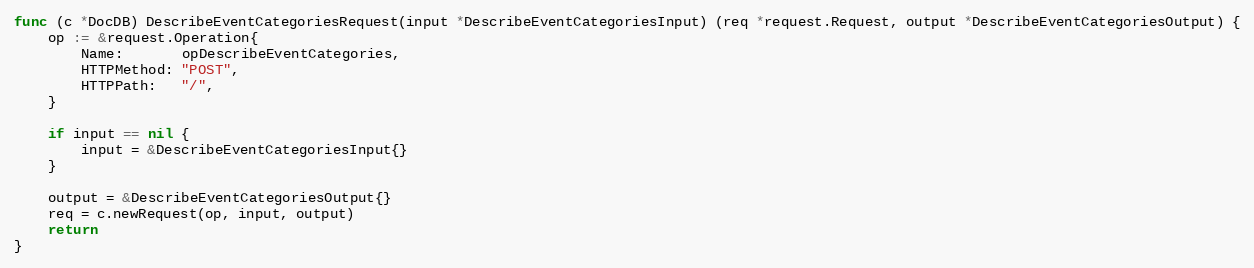
Language: Go
func (c *DocDB) DescribeEventCategoriesRequest(input *DescribeEventCategoriesInput) (req *request.Request, output *DescribeEventCategoriesOutput) {
	op := &request.Operation{
		Name:       opDescribeEventCategories,
		HTTPMethod: "POST",
		HTTPPath:   "/",
	}

	if input == nil {
		input = &DescribeEventCategoriesInput{}
	}

	output = &DescribeEventCategoriesOutput{}
	req = c.newRequest(op, input, output)
	return
}